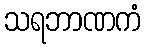
သရဘာဏကံ